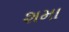
શમા